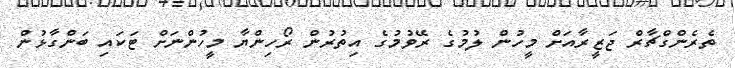
ތެރެންގްޗާރް ޖަޒީރާއަށް މީހުން ލުމުގެ ރޭވުމުގެ އިތުރުން ރޯހިންޔާ މީހުންނަށް ޓަކައި ބަންގާޅުން